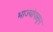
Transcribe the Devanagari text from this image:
भाज्यांपासून